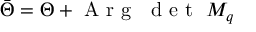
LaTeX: \bar { \Theta } = \Theta + \textup { A r g } \ \textup { d e t } \ M _ { q }